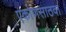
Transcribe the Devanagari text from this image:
एकोणसाठवा